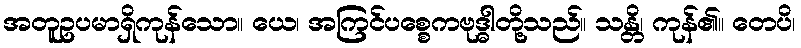
အတူဥပမာရှိကုန်သော။ ယေ၊ အကြင်ပစ္စေကဗုဒ္ဓါတို့သည်။ သန္တိ၊ ကုန်၏။ တေပိ၊